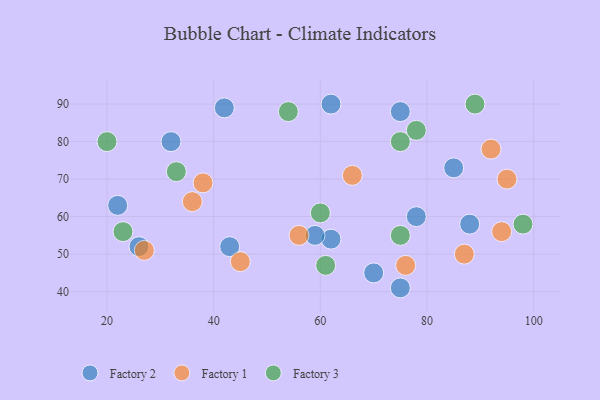
{"axis": {"x": "GDP", "y": "Life Expectancy"}, "legend": ["Factory 1", "Factory 2", "Factory 3"], "data": [{"x": "75", "y": 41, "type": "Factory 2"}, {"x": "43", "y": 52, "type": "Factory 2"}, {"x": "22", "y": 63, "type": "Factory 2"}, {"x": "88", "y": 58, "type": "Factory 2"}, {"x": "62", "y": 54, "type": "Factory 2"}, {"x": "78", "y": 60, "type": "Factory 2"}, {"x": "70", "y": 45, "type": "Factory 2"}, {"x": "26", "y": 52, "type": "Factory 2"}, {"x": "75", "y": 88, "type": "Factory 2"}, {"x": "62", "y": 90, "type": "Factory 2"}, {"x": "42", "y": 89, "type": "Factory 2"}, {"x": "59", "y": 55, "type": "Factory 2"}, {"x": "32", "y": 80, "type": "Factory 2"}, {"x": "85", "y": 73, "type": "Factory 2"}, {"x": "45", "y": 48, "type": "Factory 1"}, {"x": "36", "y": 64, "type": "Factory 1"}, {"x": "76", "y": 47, "type": "Factory 1"}, {"x": "87", "y": 50, "type": "Factory 1"}, {"x": "38", "y": 69, "type": "Factory 1"}, {"x": "95", "y": 70, "type": "Factory 1"}, {"x": "92", "y": 78, "type": "Factory 1"}, {"x": "94", "y": 56, "type": "Factory 1"}, {"x": "27", "y": 51, "type": "Factory 1"}, {"x": "56", "y": 55, "type": "Factory 1"}, {"x": "66", "y": 71, "type": "Factory 1"}, {"x": "20", "y": 80, "type": "Factory 3"}, {"x": "98", "y": 58, "type": "Factory 3"}, {"x": "89", "y": 90, "type": "Factory 3"}, {"x": "75", "y": 55, "type": "Factory 3"}, {"x": "33", "y": 72, "type": "Factory 3"}, {"x": "78", "y": 83, "type": "Factory 3"}, {"x": "75", "y": 80, "type": "Factory 3"}, {"x": "54", "y": 88, "type": "Factory 3"}, {"x": "60", "y": 61, "type": "Factory 3"}, {"x": "23", "y": 56, "type": "Factory 3"}, {"x": "61", "y": 47, "type": "Factory 3"}]}